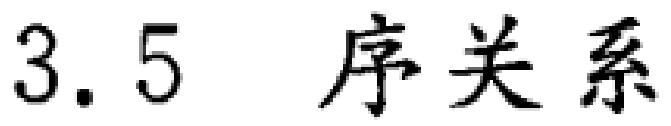
3.5 序关系